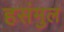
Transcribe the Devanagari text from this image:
हसंमुल